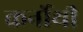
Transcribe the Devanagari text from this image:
कर्नोथी